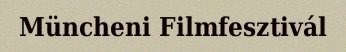
Müncheni Filmfesztivál